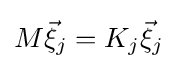
M{\vec {\xi }}_{j}=K_{j}{\vec {\xi }}_{j}